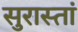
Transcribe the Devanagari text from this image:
सुरास्तां